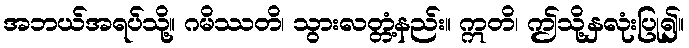
အဘယ်အရပ်သို့။ ဂမိဿတိ၊ သွားလတ္တံ့နည်း။ ဣတိ၊ ဤသို့နှလုံးပြု၍။